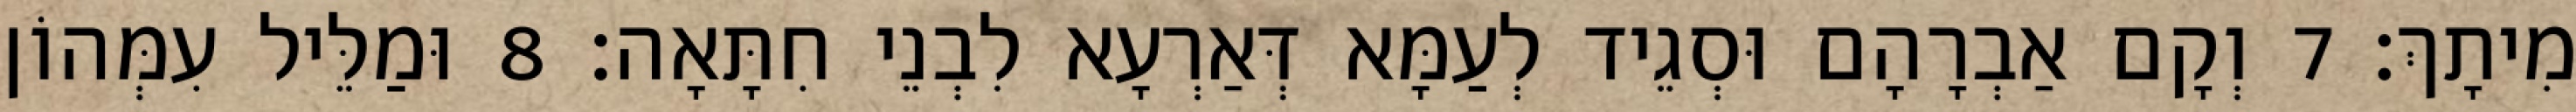
מִיתָךְ׃ 7 וְקָם אַבְרָהָם וּסְגֵיד לְעַמָּא דְּאַרְעָא לִבְנֵי חִתָּאָה׃ 8 וּמַלֵּיל עִמְּהוֹן